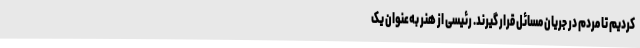
کردیم تا مردم در جریان مسائل قرار گیرند. رئیسی از هنر به‌عنوان یک